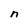
Character: n